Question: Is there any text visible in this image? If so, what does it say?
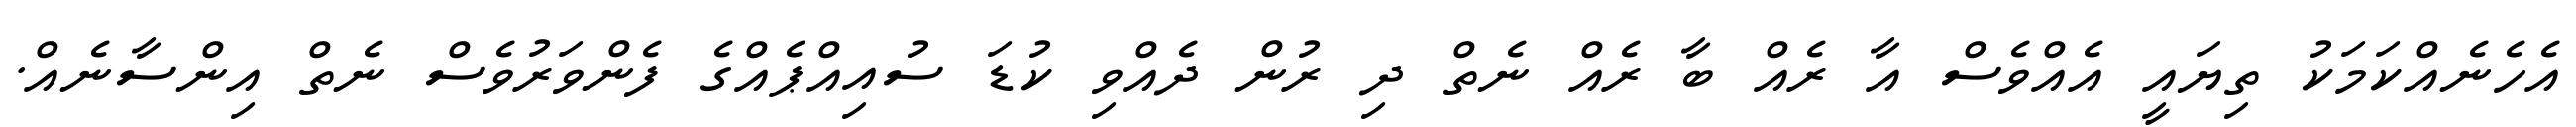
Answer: އެހެނެއްކަމަކު ތިޔައީ އެއްވެސް އާ ރެއް ބާ ރެއް ނެތް ދި ރުން ދެއްވި ކުޑަ ސުއިއްޕެއްގެ ފެންވަރުވެސް ނެތް އިންސާނެއް.